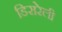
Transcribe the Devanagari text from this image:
डिसरेली